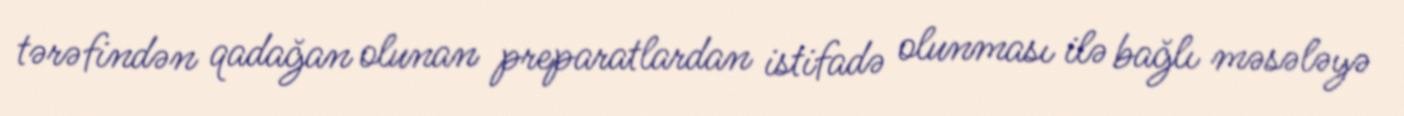
tərəfindən qadağan olunan preparatlardan istifadə olunması ilə bağlı məsələyə